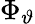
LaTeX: \Phi_{\vartheta}